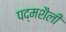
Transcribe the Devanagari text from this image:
पद्मशैली